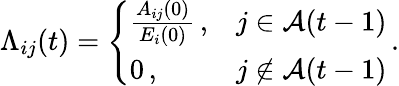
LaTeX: \Lambda_{ij}(t)=\left\{ \begin{array}{ll}{\frac{A_{ij}(0)}{E_{i}(0)}\, ,}&{j\in\mathcal{A}(t-1)}\\ {0\, ,}&{j\not\in\mathcal{A}(t-1)}\end{array}\right.\, .